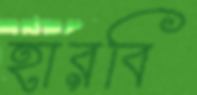
হারবি